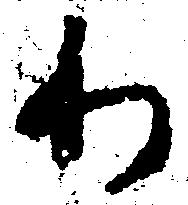
わ